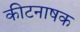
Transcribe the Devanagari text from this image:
कीटनाषक